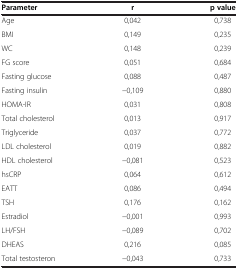
| Parameter | r | p value |
 | --- | --- | --- |
 | Age | 0,042 | 0,738 |
 | BMI | 0,149 | 0,235 |
 | WC | 0,148 | 0,239 |
 | FG score | 0,051 | 0,684 |
 | Fasting glucose | 0,088 | 0,487 |
 | Fasting insulin | -0,109 | 0,880 |
 | HOMA-IR | 0,031 | 0,808 |
 | Total cholesterol | 0,013 | 0,917 |
 | Triglyceride | 0,037 | 0,772 |
 | LDL cholesterol | 0,019 | 0,882 |
 | HDL cholesterol | -0,081 | 0,523 |
 | hsCRP | 0,064 | 0,612 |
 | EATT | 0,086 | 0,494 |
 | TSH | 0,176 | 0,162 |
 | Estradiol | -0,001 | 0,993 |
 | LH/FSH | -0,089 | 0,702 |
 | DHEAS | 0,216 | 0,085 |
 | Total testosteron | -0,043 | 0,733 |